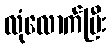
လုံလောက်ပြီး